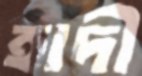
হাদী